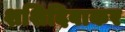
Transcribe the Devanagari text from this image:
शशिदिवाकर